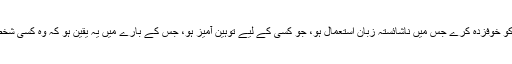
انسانی حقوق کے ایکٹ HRA مجریہ ۱۹۳۳ء کی دفعہ ۶۱اُس اظہار پر پابندی عائد کرتی ہے جو کسی کو خوفزدہ کرے جس میں ناشائستہ زبان استعمال ہو، جو کسی کے لیے توہین آمیز ہو، جس کے بارے میں یہ یقین ہو کہ وہ کسی شخص یا کسی گروہ کے لیے ان کے رنگ و نسل، مذہبی یا قومی بنیادوں پر ان کے لیے اشتعال انگیز ہو گا۔